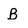
Character: B